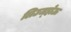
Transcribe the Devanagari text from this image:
लिउज्होऊ